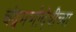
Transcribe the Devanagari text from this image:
चंद्रमणीदेवींच्या